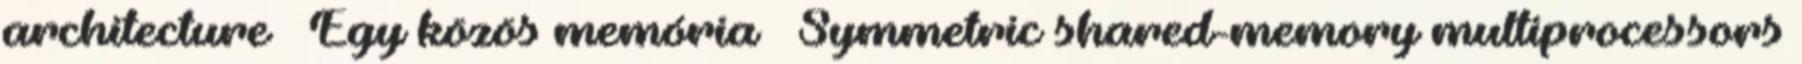
architecture – Egy közös memória ● Symmetric shared-memory multiprocessors